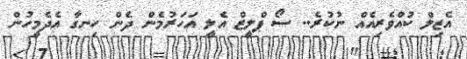
އެޒިލް ކުއްވެރިއެއް ނުކުރެ.. ސޯ ޕްލީޒް އެލީ އަހަރުމެން ދެން ހިނގާ އެދެމީހުން